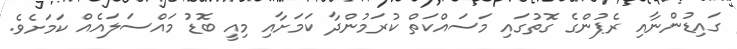
ގައިޑުންނާއި ރެޕުންގެ ގޮތުގައި މަސައްކަތް ކުރަމުންދާ ކަމަށާއި މިއީ ބޮޑު މައްސަލައެއް ކަމަށެވެ.